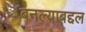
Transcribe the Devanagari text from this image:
बनल्याबद्दल